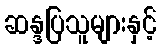
ဆန္ဒပြသူများနှင့်